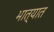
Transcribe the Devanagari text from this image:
भात्यात